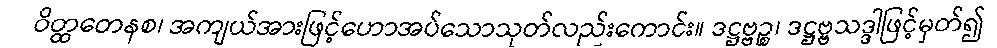
ဝိတ္ထတေနစ၊ အကျယ်အားဖြင့်ဟောအပ်သောသုတ်လည်းကောင်း။ ဒဋ္ဌဗ္ဗဉ္စ၊ ဒဋ္ဌဗ္ဗသဒ္ဒါဖြင့်မှတ်၍